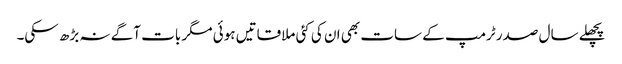
پچھلے سال صدر ٹرمپ کے سات بھی ان کی کئی ملاقاتیں ہوئی مگر بات آگے نہ بڑھ سکی۔